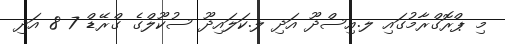
މި ޕްރޮގްރާމުގައި ލ.އިސްދޫ އަދި ލ.ކަލައިދޫ ސުކޫލްގެ ގްރޭޑް 7 8 އަދި